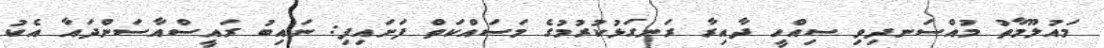
މައުލޫމާތު މުއްސަނދިވި ސިއްހީ ދާއިރާ ރަނގަޅުކުރުމުގެ މަސައްކަތް ފަށައިފި: ނައިބު ރައީސްއާސަންދައާ އެކު